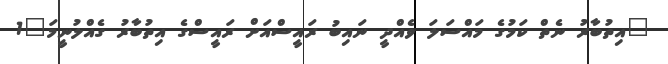
"އިތުބާރު ނެތް ކަމުގެ މައްސަލަ ވެއްދީ ނައިބު ރައީސްއަށް ރައީސްގެ އިތުބާރު ގެއްލުނީމަ"1